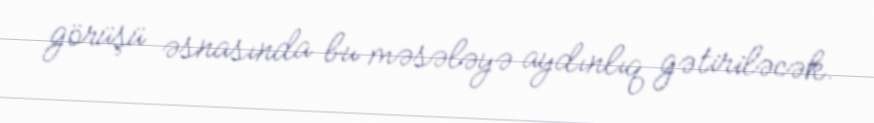
görüşü əsnasında bu məsələyə aydınlıq gətiriləcək.